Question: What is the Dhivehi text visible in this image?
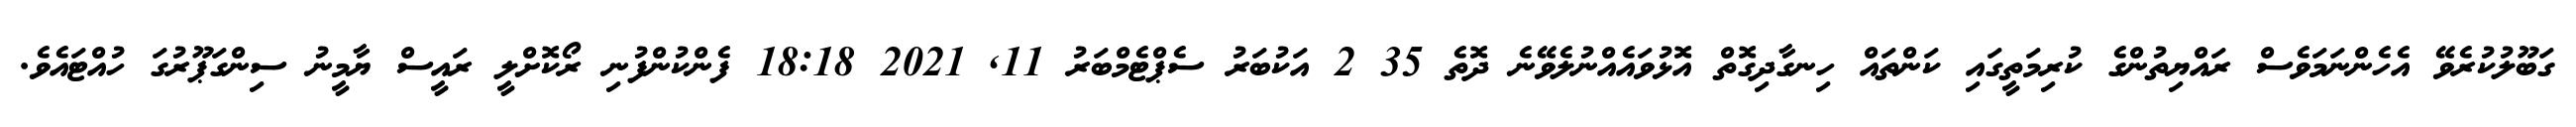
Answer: ގަބޫލުކުރެވޭ އެހެންނަމަވެސް ރައްޔިތުންގެ ކުރިމަތީގައި ކަންތައް ހިނގާދިގޮތް އޮޅުވައެއްނުލެވޭނެ ދޮތެ 35 2 އަކުބަރު ސެޕްޓެމްބަރު 11, 2021 18:18 ފެންކުންފުނި ރޯކޮށްލީ ރައީސް ޔާމީނު ސިންގަޕޫރުގަ ހުއްޓައެވެ.